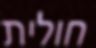
חולית